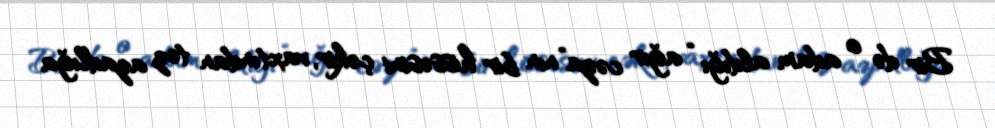
Bir də o adam aldığı “ağır cəza”nın bir hissəsini çəkir, vaxtından tez azadlığa